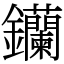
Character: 钄